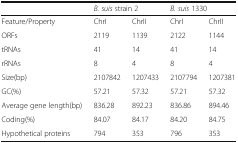
<table><thead><tr><td></td><td colspan="2"><b><i>B. suis</i> strain 2</b></td><td colspan="2"><b><i>B. suis</i> 1330</b></td></tr></thead><tbody><tr><td>Feature/Property</td><td>ChrI</td><td>ChrII</td><td>ChrI</td><td>ChrII</td></tr><tr><td>ORFs</td><td>2119</td><td>1139</td><td>2122</td><td>1144</td></tr><tr><td>tRNAs</td><td>41</td><td>14</td><td>41</td><td>14</td></tr><tr><td>rRNAs</td><td>8</td><td>4</td><td>8</td><td>4</td></tr><tr><td>Size(bp)</td><td>2107842</td><td>1207433</td><td>2107794</td><td>1207381</td></tr><tr><td>GC(%)</td><td>57.21</td><td>57.32</td><td>57.21</td><td>57.32</td></tr><tr><td>Average gene length(bp)</td><td>836.28</td><td>892.23</td><td>836.86</td><td>894.46</td></tr><tr><td>Coding(%)</td><td>84.07</td><td>84.17</td><td>84.20</td><td>84.75</td></tr><tr><td>Hypothetical proteins</td><td>794</td><td>353</td><td>796</td><td>353</td></tr></tbody></table>